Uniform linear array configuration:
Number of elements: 16
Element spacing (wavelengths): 0.25
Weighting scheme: uniform
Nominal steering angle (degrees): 0
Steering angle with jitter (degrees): -0.02994
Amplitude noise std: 0.05
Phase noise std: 0.05

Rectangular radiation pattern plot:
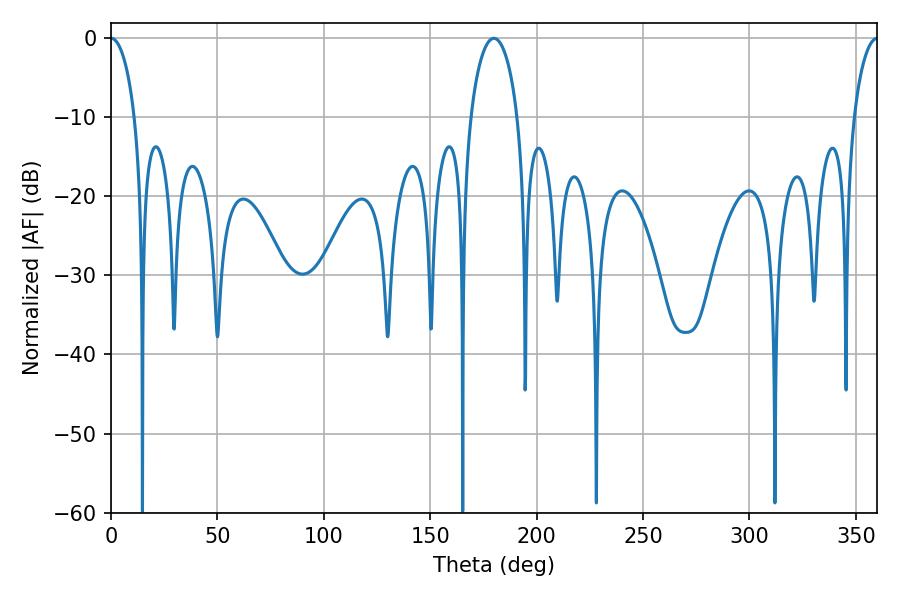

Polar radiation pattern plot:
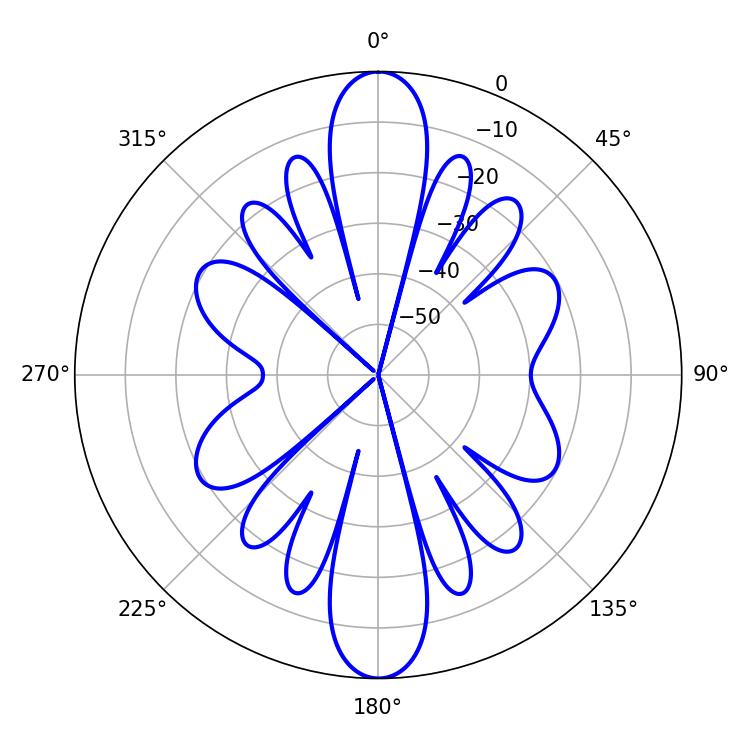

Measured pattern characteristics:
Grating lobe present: FALSE
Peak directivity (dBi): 29.897
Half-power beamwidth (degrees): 6.48
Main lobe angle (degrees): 0